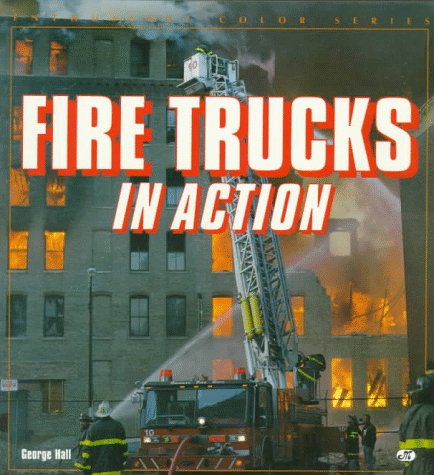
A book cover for Fire Trucks in Action (Enthusiast Color Series); George Hall; Engineering & Transportation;